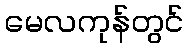
မေလကုန်တွင်